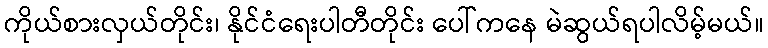
ကိုယ်စားလှယ်တိုင်း၊ နိုင်ငံရေးပါတီတိုင်း ပေါ်ကနေ မဲဆွယ်ရပါလိမ့်မယ်။